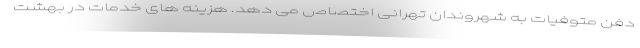
دفن متوفیات به شهروندان تهرانی اختصاص می دهد. هزینه های خدمات در بهشت